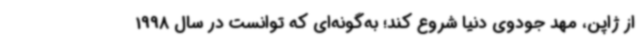
از ژاپن، مهد جودوی دنیا شروع کند؛ به‌گونه‌ای که توانست در سال 1998